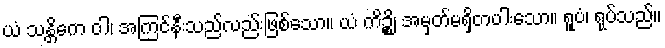
ယံ သန္တိကေ ဝါ၊ အကြင်နီးသည်လည်းဖြစ်သော။ ယံ ကိဉ္စိ၊ အမှတ်မရှိတပါးသော။ ရူပံ၊ ရုပ်သည်။